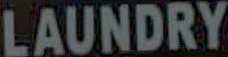
LAUNDRY